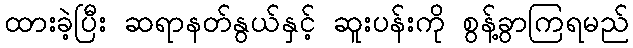
ထားခဲ့ပြီး ဆရာနတ်နွယ်နှင့် ဆူးပန်းကို စွန့်ခွာကြရမည်